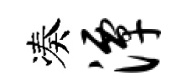
凑潭